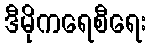
ဒီမိုကရေစီရေး